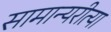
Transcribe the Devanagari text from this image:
सामान्यरीत्या